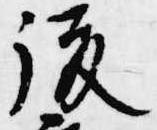
復